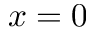
x = 0